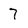
Character: 7